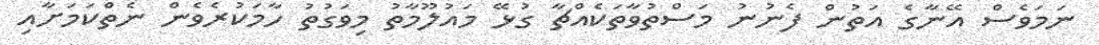
ނަމަވެސް އޭނާގެ އަތުން ފެނުނު މަސްތުވާތަކެއްޗާ ގުޅޭ މައުލޫމާތު މިވަގުތު ހާމަކުރެވެން ނެތްކަމަށާއި